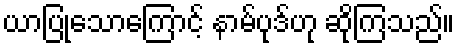
ယာပြုသောကြောင့် နာမ်ပုဒ်ဟု ဆိုကြသည်။